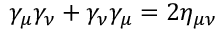
\gamma _ { \mu } \gamma _ { \nu } + \gamma _ { \nu } \gamma _ { \mu } = 2 \eta _ { \mu \nu }